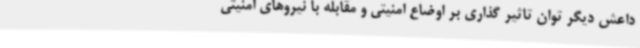
داعش دیگر توان تاثیر گذاری بر اوضاع امنیتی و مقابله با نیروهای امنیتی